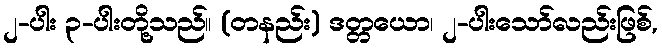
၂-ပါး ၃-ပါးတို့သည်။ (တနည်း) ဒတ္တယော၊ ၂-ပါးသော်လည်းဖြစ်,